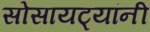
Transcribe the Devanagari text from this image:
सोसायट्यांनी